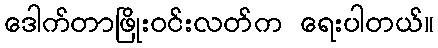
ဒေါက်တာဖြိုးဝင်းလတ်က ရေးပါတယ်။